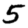
Digit: 5